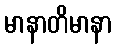
မာနာတိမာနာ